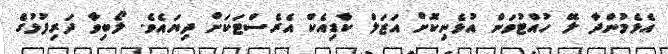
އެޅެމުންދާ ލޭ ހުއްޓުވަން އުޅެނިކޮށް އަޒަލް ކާޑިއެކް އެރެސްޓަކަށް ދިޔައެވެ. ލޯބިވާ ދަރިފުޅުގެ